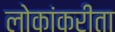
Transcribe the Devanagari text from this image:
लोकांकरीता